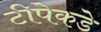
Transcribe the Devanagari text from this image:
टीपेकडे